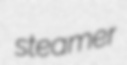
steamer